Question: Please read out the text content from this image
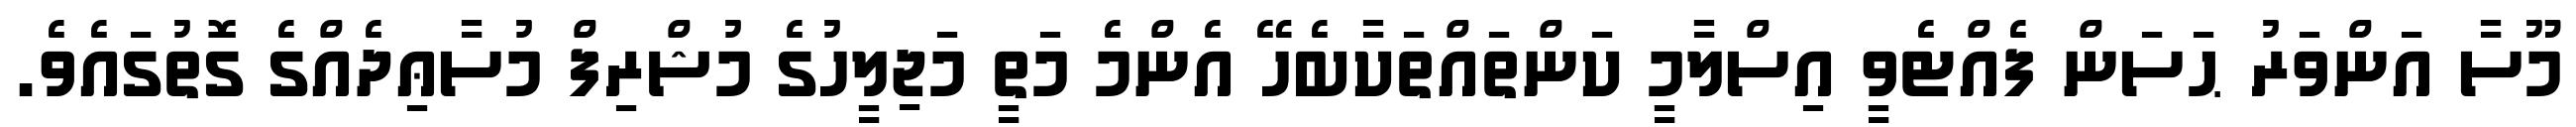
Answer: މޫސާ އަންވަރު ޙަސަން ފެއްޓެވީ އިސްލާމީ ކަންތައްތަކާބެހޭ އެންމެ މަތީ މަޖިލީހުގެ މުޝްރިފް މުސާޢިދެއްގެ ގޮތުގައެވެ.